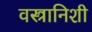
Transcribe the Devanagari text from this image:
वस्त्रानिशी